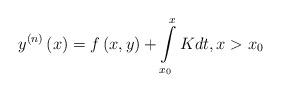
LaTeX: \begin{align*}y^{\left( n\right) }\left( x\right) =f\left( x,y\right)+\int\limits_{x_{0}}^{x}Kdt,x>x_{0} \end{align*}